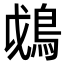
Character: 𩿰